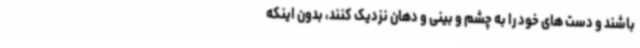
باشند و دست های خود را به چشم و بینی و دهان نزدیک کنند، بدون اینکه